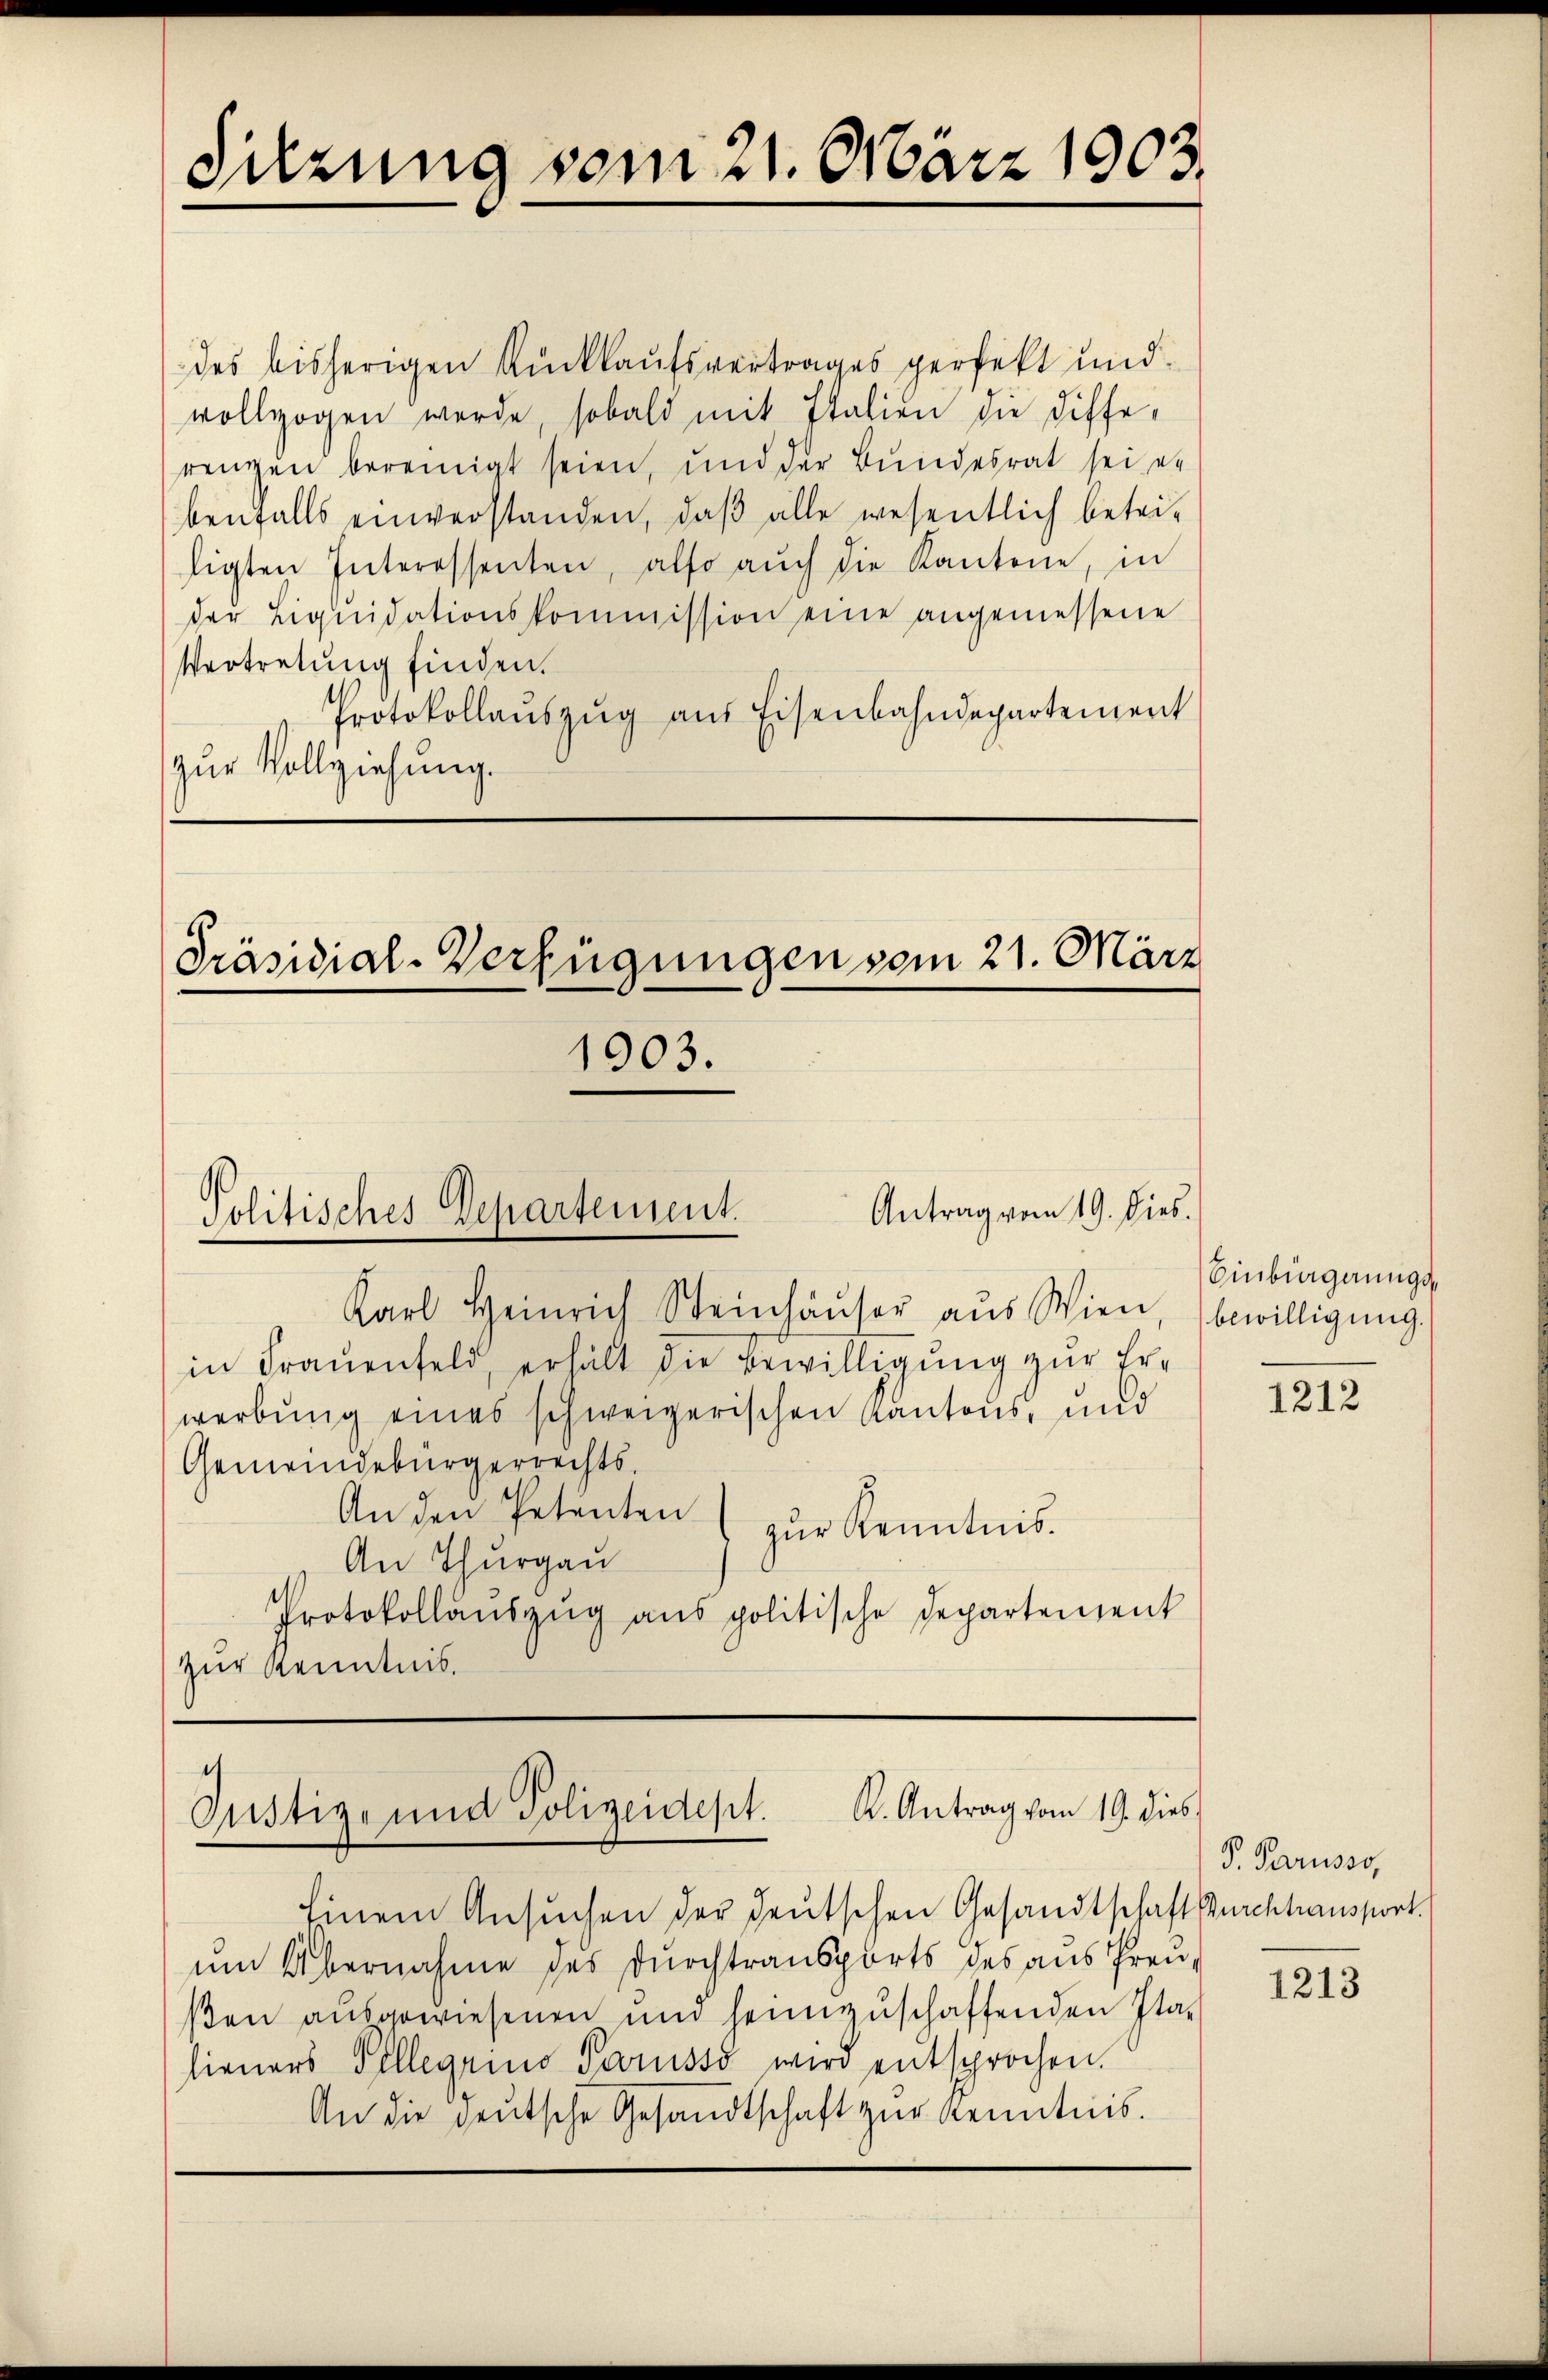
Sitzung vom 21. März 1903.

des bisherigen Rückkaufsvertrages perfekt und
vollzogen werde, sobald mit Italien die Differenzen bereinigt seien, und der Bundesrat sei er
benfalls einverstanden, daβ alle wesentlich betri-
ligten Interessenten, also aŭch die Kantone, in
der Liqŭidationskommission eine angemessene
Vertretung finden.
Protokollaŭszŭg aŭs Eisenbahndepartement
zur Vollziehung.

Präsidial-Verfügungen vom 21. März

Antrag vom 19. Dies
Politisches Departement.

1903.

Karl Heinrich Steinhäŭser aŭs Wien, bewilligŭng.
in Frauenfeld, erhält die Bewilligung zur Erwerbung eines schweizerischen Kantons, und
Gemeindebürgerrechts.
An den Petenten
zur Kenntnis.
An Thurgau
Protokollaŭszŭg ans politische Departensent
zur Kenntnis.

.
Gustiz- und Polizeidept. K. Antrag vom 19. dies

Einem Ansuchen der deutschen Gesandtschaft Burchtransport.
um Übernahme des Durchtransports des aus Freuβen ausgewiesenen und heimzuschaffenden Ita-
hieners Pillegium Paruss wird entsprochen.
An die heŭtsche Gesandtschaft zŭr Kenntnis.

Einbingerungs¬

1212

P. Parusso,

1213